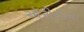
એરીનાના